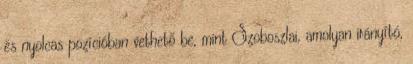
és nyolcas pozícióban vethető be, mint Szoboszlai, amolyan irányító,